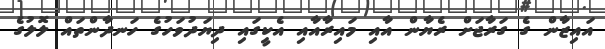
އައިޒާން ގެ ގަރާޖަށް ރެޔާން އާއި މައިރާއާއި އެކީގައި ދިޔަދުވަހުގެ ހަނދާންތައް ލޮލުގެ